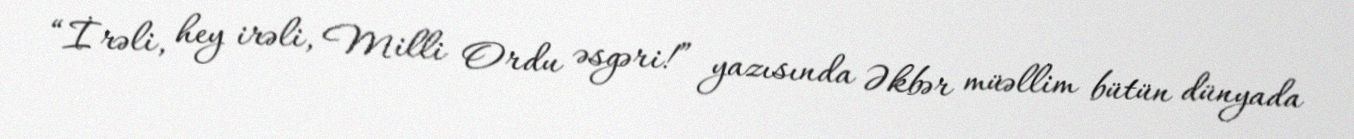
“İrəli, hey irəli, Milli Ordu əsgəri!” yazısında Əkbər müəllim bütün dünyada